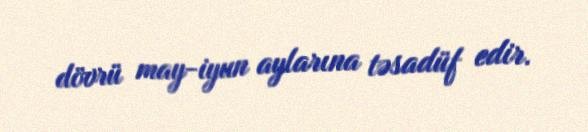
dövrü may-iyun aylarına təsadüf edir.